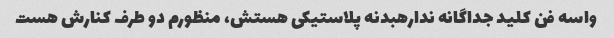
واسه فن کلید جداگانه ندارهبدنه پلاستیکی هستش، منظورم دو طرف کنارش هست